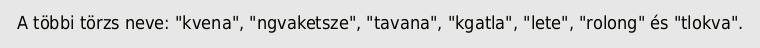
A többi törzs neve: "kvena", "ngvaketsze", "tavana", "kgatla", "lete", "rolong" és "tlokva".